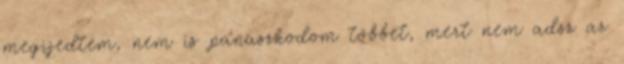
megijedtem, nem is panaszkodom többet, mert nem adsz az